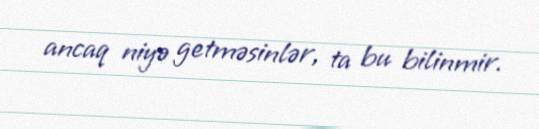
ancaq niyə getməsinlər, ta bu bilinmir.